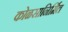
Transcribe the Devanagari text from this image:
कोळसानिर्मित